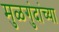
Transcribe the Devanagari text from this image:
मुळगुंदांच्या